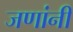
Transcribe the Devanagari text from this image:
जणांनीं